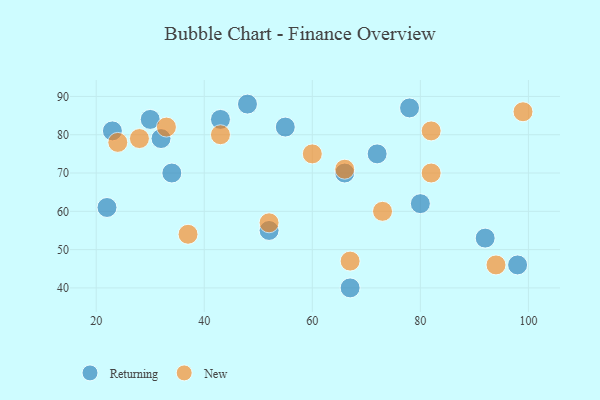
{"axis": {"x": "GDP", "y": "Life Expectancy"}, "legend": ["New", "Returning"], "data": [{"x": "66", "y": 70, "type": "Returning"}, {"x": "22", "y": 61, "type": "Returning"}, {"x": "72", "y": 75, "type": "Returning"}, {"x": "67", "y": 40, "type": "Returning"}, {"x": "78", "y": 87, "type": "Returning"}, {"x": "23", "y": 81, "type": "Returning"}, {"x": "80", "y": 62, "type": "Returning"}, {"x": "55", "y": 82, "type": "Returning"}, {"x": "48", "y": 88, "type": "Returning"}, {"x": "43", "y": 84, "type": "Returning"}, {"x": "32", "y": 79, "type": "Returning"}, {"x": "98", "y": 46, "type": "Returning"}, {"x": "34", "y": 70, "type": "Returning"}, {"x": "92", "y": 53, "type": "Returning"}, {"x": "52", "y": 55, "type": "Returning"}, {"x": "30", "y": 84, "type": "Returning"}, {"x": "99", "y": 86, "type": "New"}, {"x": "33", "y": 82, "type": "New"}, {"x": "66", "y": 71, "type": "New"}, {"x": "60", "y": 75, "type": "New"}, {"x": "73", "y": 60, "type": "New"}, {"x": "52", "y": 57, "type": "New"}, {"x": "24", "y": 78, "type": "New"}, {"x": "37", "y": 54, "type": "New"}, {"x": "43", "y": 80, "type": "New"}, {"x": "82", "y": 81, "type": "New"}, {"x": "28", "y": 79, "type": "New"}, {"x": "94", "y": 46, "type": "New"}, {"x": "82", "y": 70, "type": "New"}, {"x": "67", "y": 47, "type": "New"}]}